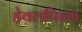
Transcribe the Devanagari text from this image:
डेवलपिन्ग